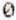
0